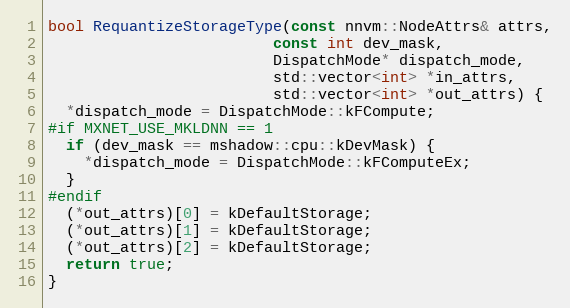
Language: C++
bool RequantizeStorageType(const nnvm::NodeAttrs& attrs,
                         const int dev_mask,
                         DispatchMode* dispatch_mode,
                         std::vector<int> *in_attrs,
                         std::vector<int> *out_attrs) {
  *dispatch_mode = DispatchMode::kFCompute;
#if MXNET_USE_MKLDNN == 1
  if (dev_mask == mshadow::cpu::kDevMask) {
    *dispatch_mode = DispatchMode::kFComputeEx;
  }
#endif
  (*out_attrs)[0] = kDefaultStorage;
  (*out_attrs)[1] = kDefaultStorage;
  (*out_attrs)[2] = kDefaultStorage;
  return true;
}